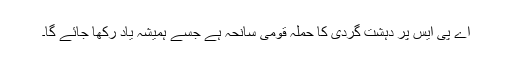
اے پی ایس پر دہشت گردی کا حملہ قومی سانحہ ہے جسے ہمیشہ یاد رکھا جائے گا۔